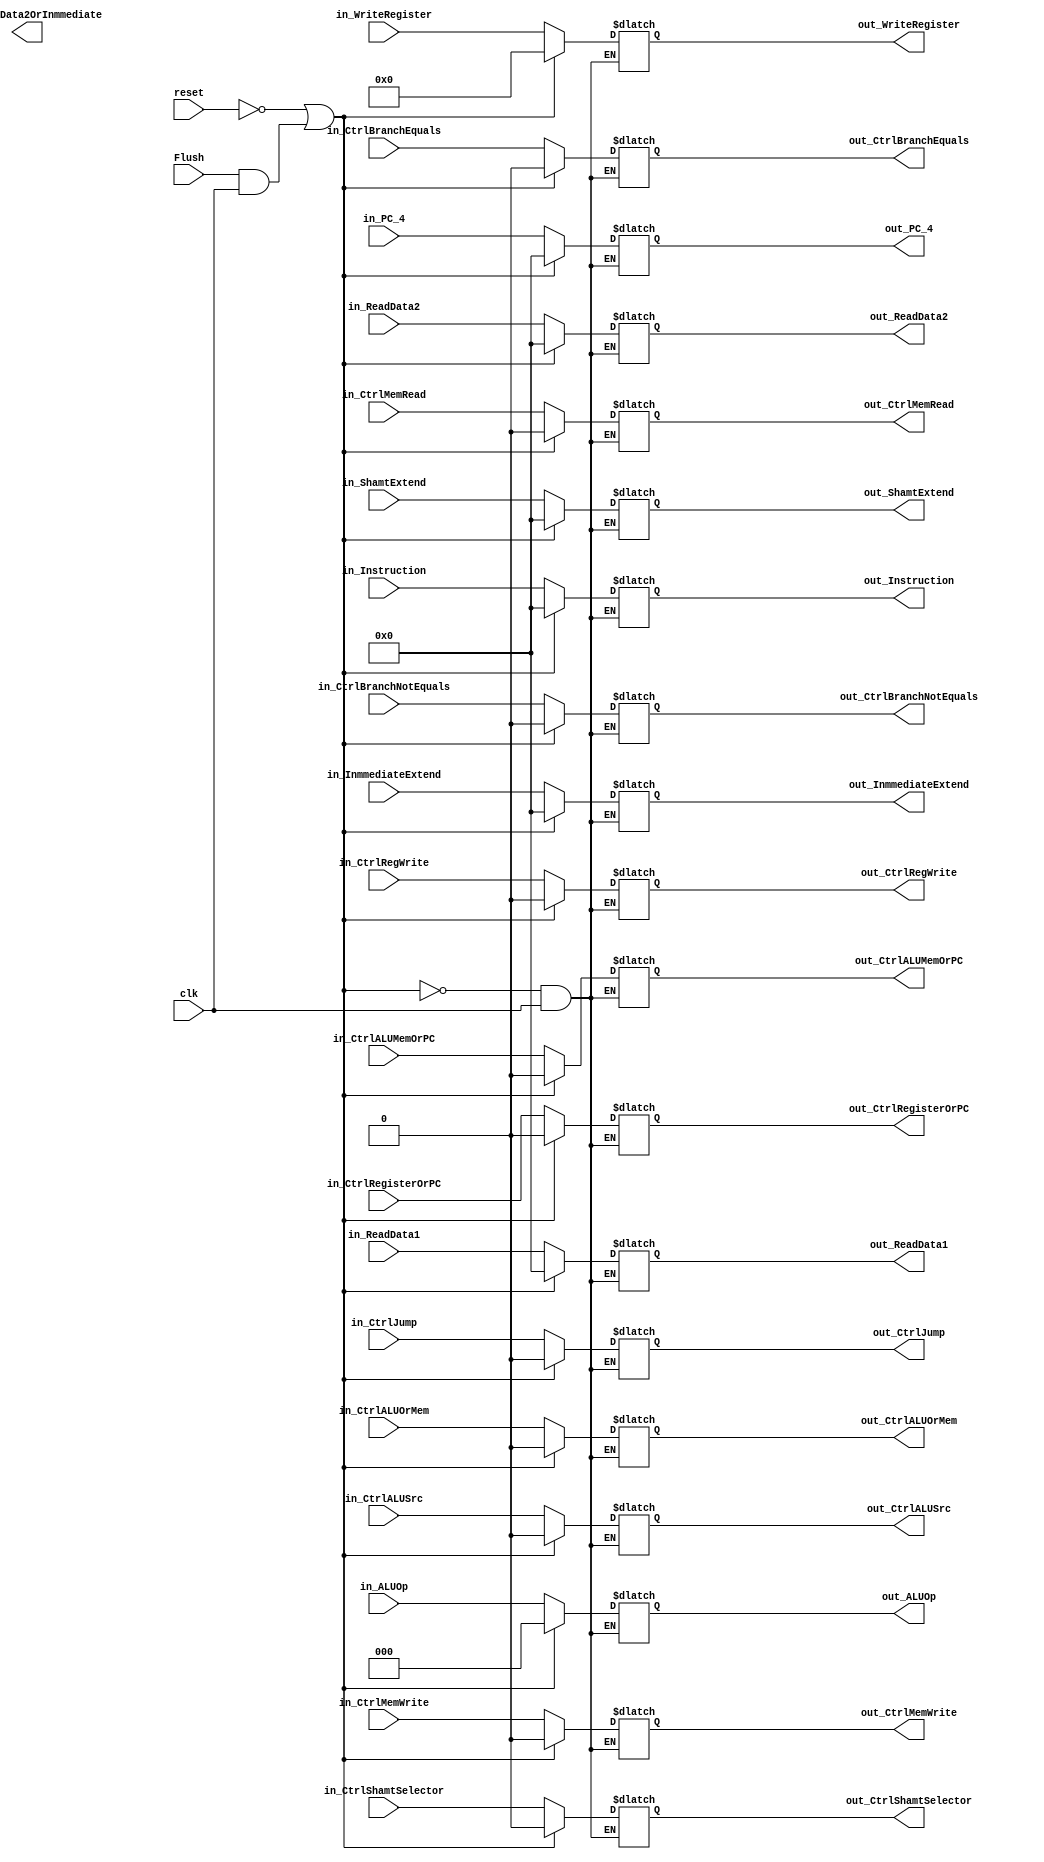
module ID_EX_PipelineRegister
#(
	parameter NBits=32
	
)
(
    input clk,
    input reset,
	input Flush,
	
	input [2:0] in_ALUOp,
	input [NBits-1:0] in_PC_4,
	input [NBits-1:0] in_Instruction,
	input [NBits-1:0] in_ReadData1,
	input [NBits-1:0] in_ReadData2,
	input [NBits-1:0] in_ShamtExtend,
	input [NBits-1:0] in_InmmediateExtend,
	input [4:0] in_WriteRegister,
	input in_CtrlShamtSelector,
	input in_CtrlALUSrc,
	input in_CtrlRegWrite,
	input in_CtrlJump,
    input in_CtrlMemRead,
    input in_CtrlMemWrite,
    input in_CtrlALUOrMem,
    input in_CtrlBranchEquals,
    input in_CtrlBranchNotEquals,
    input in_CtrlRegisterOrPC,
    input in_CtrlALUMemOrPC,
    
	output [2:0] out_ALUOp,
	output [NBits-1:0] out_PC_4,
	output [NBits-1:0] out_Instruction,
	output [NBits-1:0] out_ReadData1,
	output [NBits-1:0] out_ReadData2,
	output [NBits-1:0] out_ShamtExtend,
	output [NBits-1:0] out_ReadData2OrInmmediate,
	output [NBits-1:0] out_InmmediateExtend,
	output [4:0] out_WriteRegister,
	output out_CtrlShamtSelector,
	output out_CtrlALUSrc,
	output out_CtrlRegWrite,
	output out_CtrlJump,
    output out_CtrlMemRead,
    output out_CtrlMemWrite,
    output out_CtrlALUOrMem,
    output out_CtrlBranchEquals,
    output out_CtrlBranchNotEquals,
    output out_CtrlRegisterOrPC,
    output out_CtrlALUMemOrPC
);

	reg [2:0] ALUOp;
	reg [NBits-1:0] PC_4;
    reg [NBits-1:0] Instruction;
	reg [NBits-1:0] ReadData1;
	reg [NBits-1:0] ReadData2;
	reg [NBits-1:0] ShamtExtend;
	reg [NBits-1:0] InmmediateExtend;
	reg [4:0] WriteRegister;

	reg CtrlShamtSelector;
	reg CtrlALUSrc;
	reg CtrlJump;
	reg CtrlMemRead;
    reg CtrlMemWrite;
    reg CtrlALUOrMem;
    reg CtrlBranchEquals;
    reg CtrlBranchNotEquals;
    reg CtrlRegisterOrPC;
    reg CtrlALUMemOrPC;
    reg CtrlRegWrite;

    always @(reset or clk) 
    begin
        if(reset == 0 || (Flush == 1 && clk == 1))
        begin
			ALUOp<=0;
			PC_4<=0;
			Instruction<=0;
			ReadData1<=0;
			ReadData2<=0;
			ShamtExtend<=0;
			InmmediateExtend <= 0;
			WriteRegister <= 0;
			CtrlShamtSelector <= 0;
			CtrlALUSrc <= 0;
            CtrlRegWrite <= 0;
			CtrlJump <= 0;
			CtrlMemRead <= 0;
			CtrlMemWrite <= 0;
			CtrlALUOrMem <= 0;
			CtrlBranchEquals <= 0;
			CtrlBranchNotEquals <= 0;
			CtrlRegisterOrPC <= 0;
			CtrlALUMemOrPC <= 0;
        end
        else if(clk == 0)
        begin
			ALUOp<=in_ALUOp;
			PC_4<=in_PC_4;
			Instruction<=in_Instruction;
			ReadData1<=in_ReadData1;
			ReadData2<=in_ReadData2;
			ShamtExtend<=in_ShamtExtend;
			InmmediateExtend<=in_InmmediateExtend;
			WriteRegister <= in_WriteRegister;
			CtrlShamtSelector <= in_CtrlShamtSelector;
			CtrlALUSrc <= in_CtrlALUSrc;
			CtrlRegWrite <= in_CtrlRegWrite;
			CtrlJump <= in_CtrlJump;
			CtrlMemRead <= in_CtrlMemRead;
			CtrlMemWrite <= in_CtrlMemWrite;
			CtrlALUOrMem <= in_CtrlALUOrMem;
			CtrlBranchEquals <= in_CtrlBranchEquals;
			CtrlBranchNotEquals <= in_CtrlBranchNotEquals;
			CtrlRegisterOrPC <= in_CtrlRegisterOrPC;
			CtrlALUMemOrPC <= in_CtrlALUMemOrPC;
        end
    end

	assign out_ALUOp = ALUOp;
	assign out_PC_4 = PC_4;
	assign out_Instruction = Instruction;
	assign out_ReadData1 = ReadData1;
	assign out_ReadData2 = ReadData2;
	assign out_ShamtExtend = ShamtExtend;
	assign out_InmmediateExtend = InmmediateExtend;
	assign out_WriteRegister = WriteRegister;

	assign out_CtrlShamtSelector = CtrlShamtSelector;
	assign out_CtrlALUSrc = CtrlALUSrc;
    assign out_CtrlRegWrite = CtrlRegWrite;
	assign out_CtrlJump = CtrlJump;
    assign out_CtrlMemRead = CtrlMemRead;
    assign out_CtrlMemWrite = CtrlMemWrite;
    assign out_CtrlALUOrMem = CtrlALUOrMem;
    assign out_CtrlBranchEquals = CtrlBranchEquals;
    assign out_CtrlBranchNotEquals = CtrlBranchNotEquals;
    assign out_CtrlRegisterOrPC = CtrlRegisterOrPC;
    assign out_CtrlALUMemOrPC = CtrlALUMemOrPC;
	  
endmodule